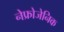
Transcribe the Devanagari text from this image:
नेफ्रोजेनिक